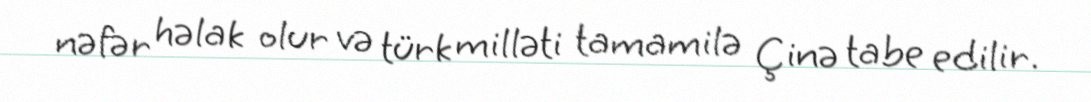
nəfər həlak olur və türk milləti tamamilə Çinə tabe edilir.